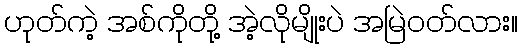
ဟုတ်ကဲ့ အစ်ကိုတို့ အဲ့လိုမျိုးပဲ အမြဲဝတ်လား။